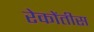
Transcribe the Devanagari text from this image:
रेकोंतीस